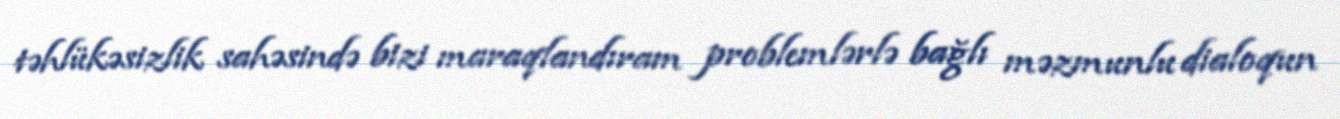
təhlükəsizlik sahəsində bizi maraqlandıram problemlərlə bağlı məzmunlu dialoqun